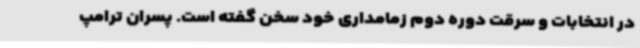
در انتخابات و سرقت دوره دوم زمامداری خود سخن گفته است. پسران ترامپ